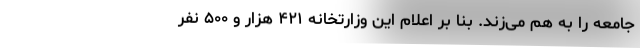
جامعه را به هم می‌زند. بنا بر اعلام این وزارتخانه ۴۲۱ هزار و ۵۰۰ نفر